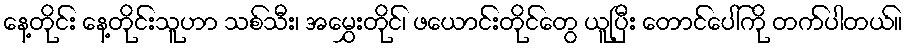
နေ့တိုင်း နေ့တိုင်းသူဟာ သစ်သီး၊ အမွှေးတိုင်၊ ဖယောင်းတိုင်တွေ ယူပြီး တောင်ပေါ်ကို တက်ပါတယ်။